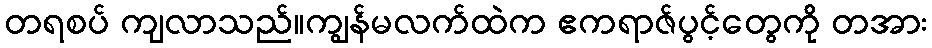
တရစပ် ကျလာသည်။ကျွန်မလက်ထဲက ဧကရာဇ်ပွင့်တွေကို တအား